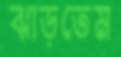
ঝাড়তেম